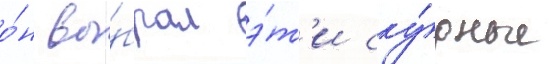
о́н вы́брал э́т'и ску́дные